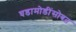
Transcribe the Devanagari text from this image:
घडामोडींसोबत